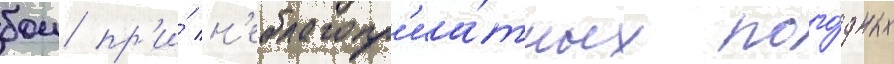
бои пр'и́ н'еблагопр'иа́тных пого́дных